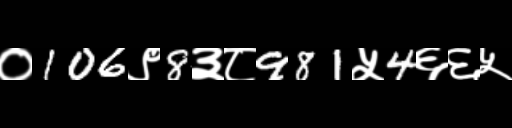
Text: ०106९8३८981५4६६५